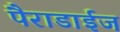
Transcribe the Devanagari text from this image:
पैराडाईज